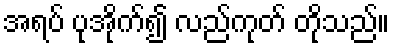
အရပ် ပုအိုက်၍ လည်ကုတ် တိုသည်။